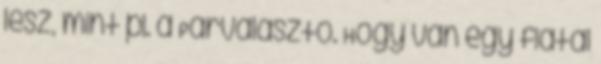
lesz, mint pl. a Párválasztó. Hogy van egy fiatal